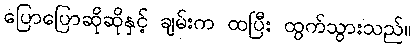
ပြောပြောဆိုဆိုနှင့် ချမ်းက ထပြီး ထွက်သွားသည်။